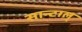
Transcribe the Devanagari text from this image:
सान्टाल्